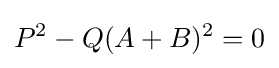
P^{2}-Q(A+B)^{2}=0